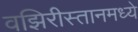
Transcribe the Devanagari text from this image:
वझिरीस्तानमध्ये